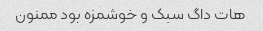
هات داگ سبک و خوشمزه بود ممنون